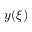
y ( \xi )